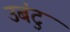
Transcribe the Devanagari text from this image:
उबंटु